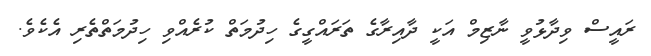
ރައީސް ވިދާޅުވީ ނާޒިމް އަކީ ދާއިރާގެ ތަރައްގީގެ ހިދުމަތް ކުރެއްވި ހިދުމަތްތެރި އެކެވެ.